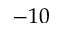
- 1 0